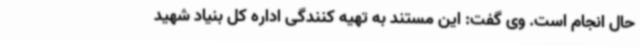
حال انجام است. وی گفت: این مستند به تهیه کنندگی اداره کل بنیاد شهید